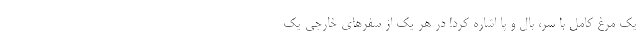
یک مرغ کامل با سر، بال و پا اشاره کرد! در هر یک از سفرهای خارجی یک